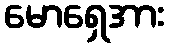
မောရှေအား